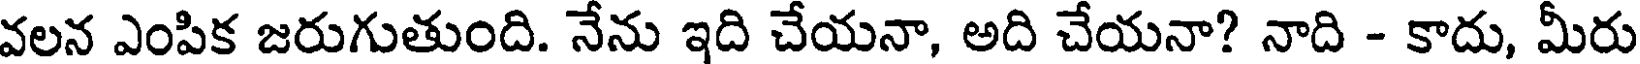
వలన ఎంపిక జరుగుతుంది. నేను ఇది చేయనా, అది చేయనా? నాది - కాదు, మీరు